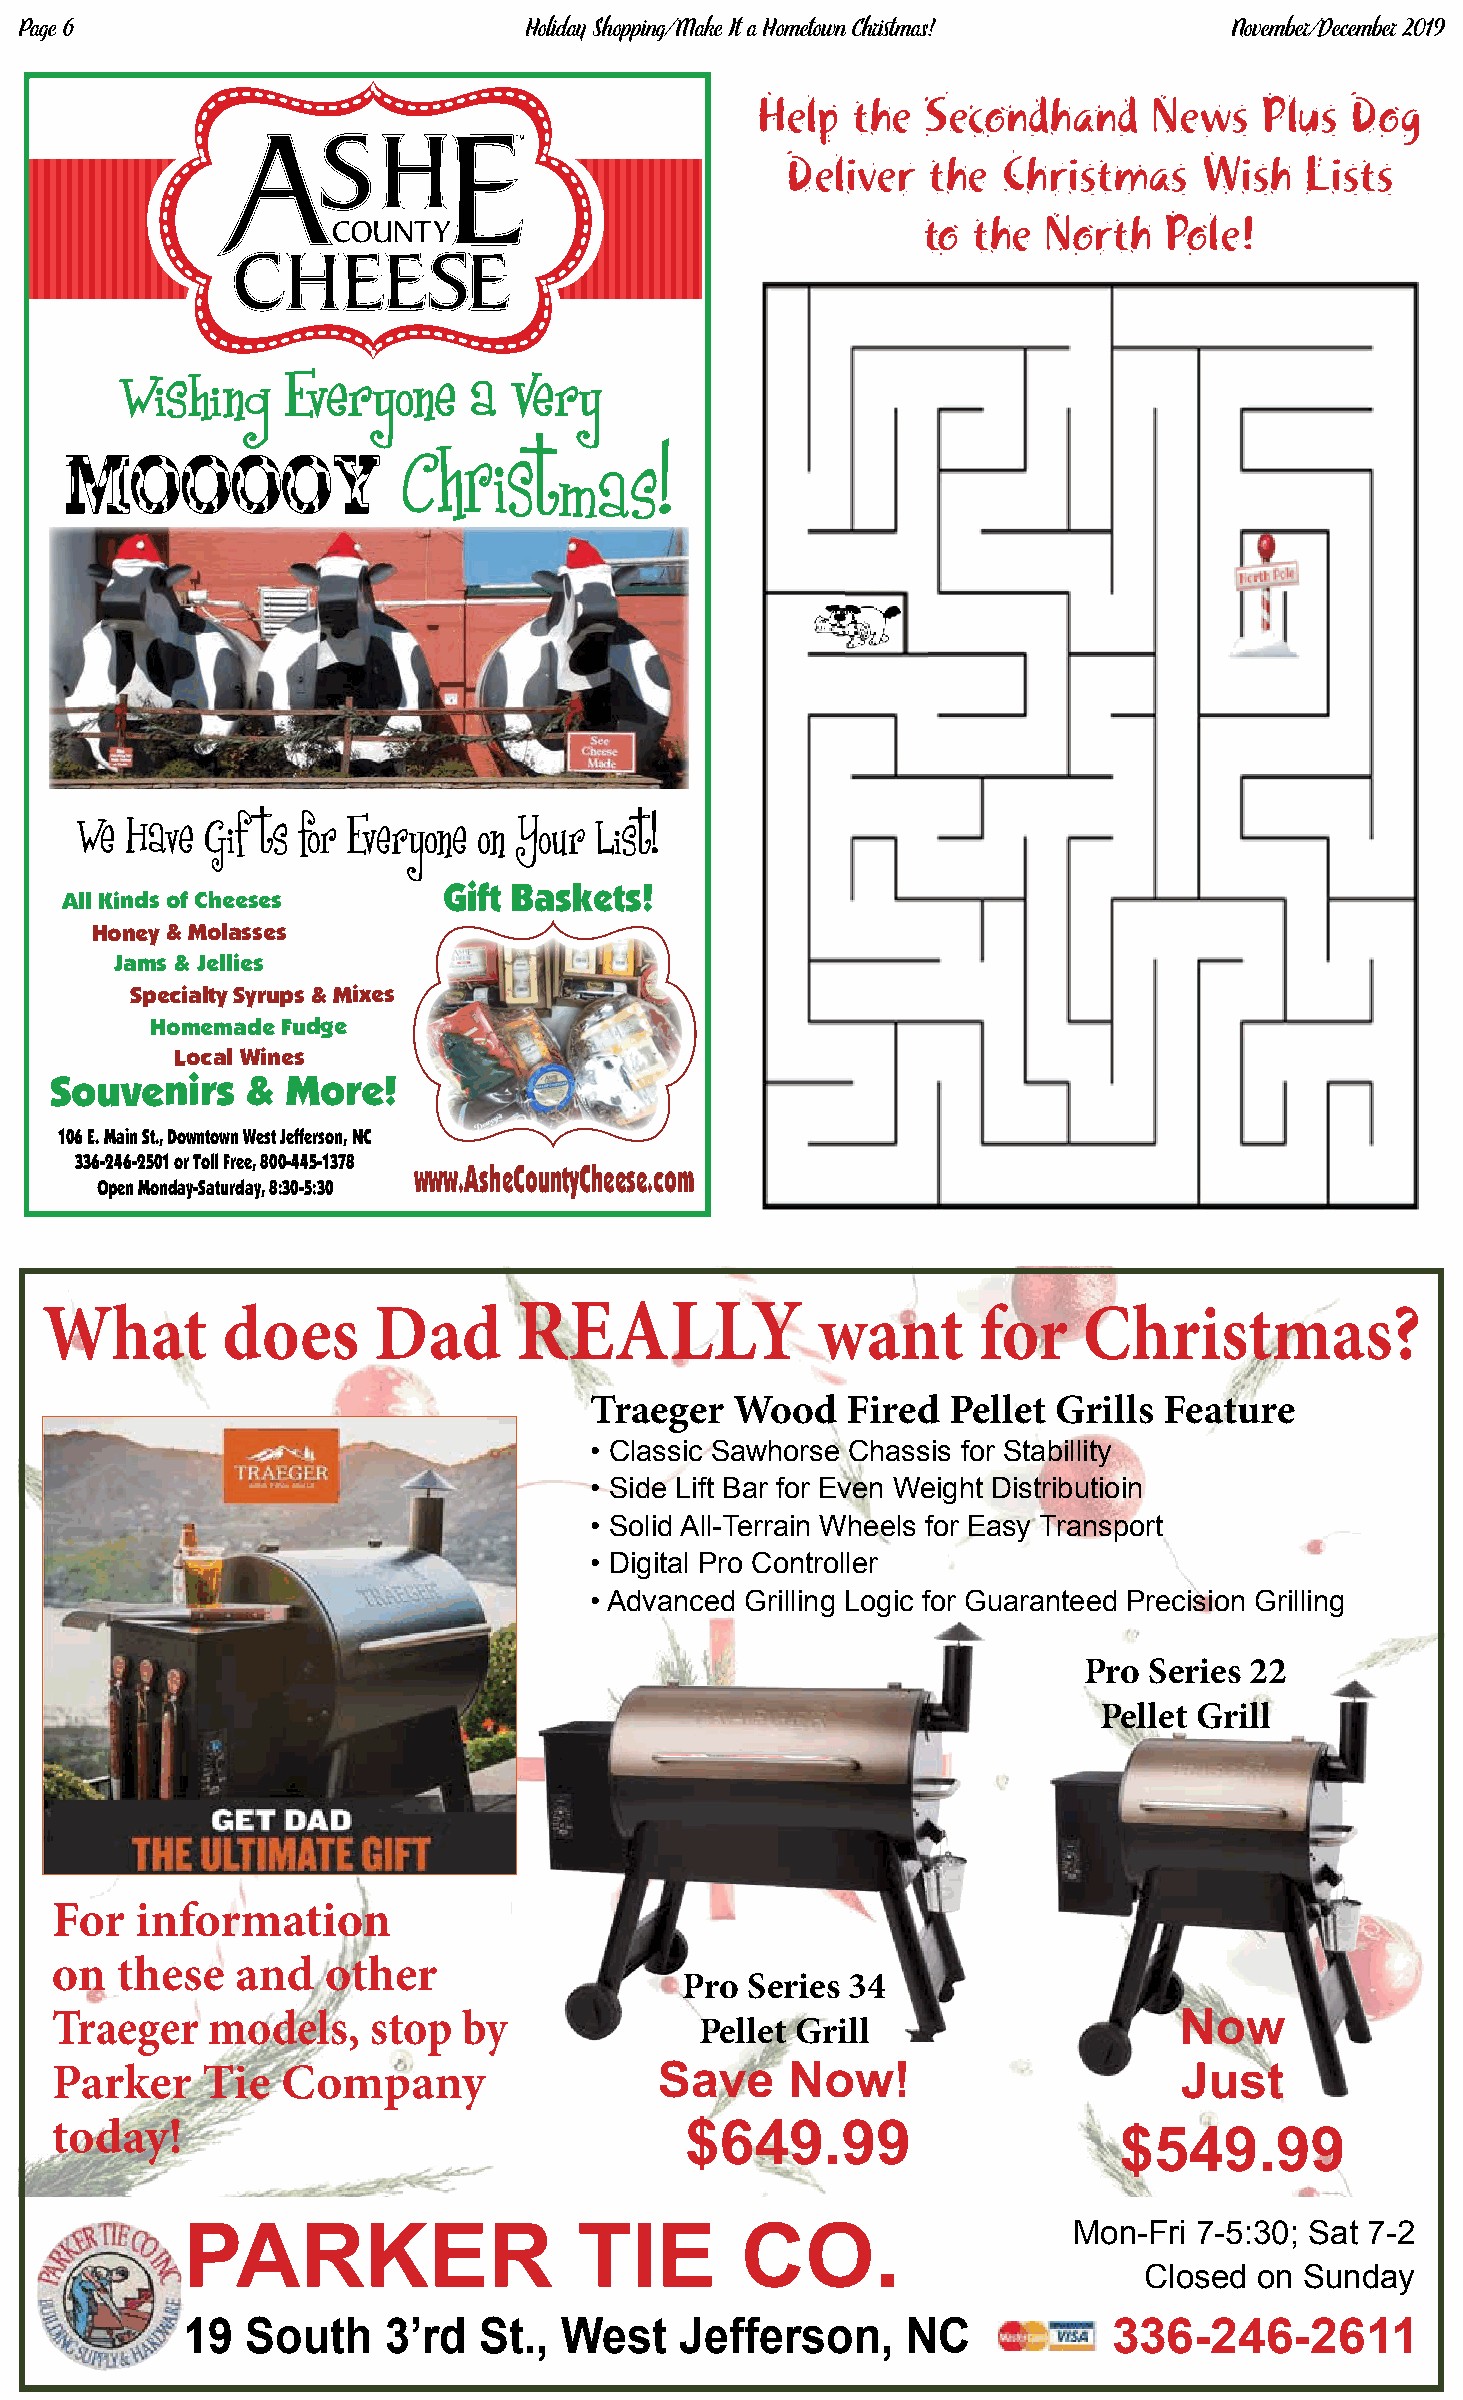
Page 6                            Holiday Shopping/Make It a Hometown Christmas! November/December 2019
 Help  the  Secondhand     News    Plus Dog
 Deliver  the  Christmas    Wish   Lists
 to the  North   Pole!
 Wishing    Everyone    a  Very
 MOOOOY
 We Have  Gifts for Everyone on Your List!
 Gift Baskets!
 All Kinds of Cheeses
 Honey & Molasses
 Jams & Jellies
 Specialty Syrups & Mixes
 Homemade Fudge
 Local Wines
 Souvenirs    &  More!
 106 E. Main St., Downtown West Jefferson, NC
 336-246-2501 or Toll Free, 800-445-1378
 www.AsheCountyCheese.com
 Open Monday-Saturday, 8:30-5:30
 What        does      Dad      REALLY              want       for    Christmas?
 Traeger   Wood   Fired  Pellet Grills Feature
 • Classic Sawhorse Chassis for Stabillity
 • Side Lift Bar for Even Weight Distributioin
 • Solid All-Terrain Wheels for Easy Transport
 • Digital Pro Controller
 • Advanced Grilling Logic for Guaranteed Precision Grilling
 Pro Series 22
 Pellet Grill
 For   information
 on   these   and   other
 Pro Series 34
 Traeger    models,    stop  by             Pellet Grill                    Now
 Parker    Tie   Company                  Save    Now!                      Just
 today!                                    $649.99
 $549.99
 Mon-Fri 7-5:30; Sat 7-2
 PARKER                    TIE        CO.
 Closed on Sunday
 19  South    3’rd   St., West    Jefferson,     NC            336-246-2611